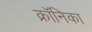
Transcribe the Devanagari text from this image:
क्रॉनिका